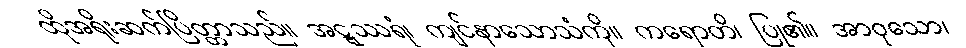
ထိုအရိုးဆက်ပြိတ္တာသည်။ အဋ္ဋဿရံ၊ ကျင်နာသောသံကို။ ကရောတိ၊ ပြု၏။ အာဝုသော၊